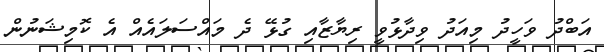
އަބްދު ވަހީދު މިއަދު ވިދާޅުވީ ރިޔާޒާއި ގުޅޭ ދެ މައްސަލައެއް އެ ކޮމިޝަނުން